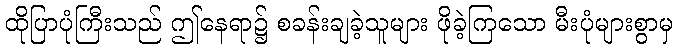
ထိုပြာပုံကြီးသည် ဤနေရာ၌ စခန်းချခဲ့သူများ ဖိုခဲ့ကြသော မီးပုံများစွာမှ